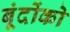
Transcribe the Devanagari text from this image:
बूंदोंको